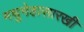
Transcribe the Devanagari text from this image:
मधुमेहासारखी